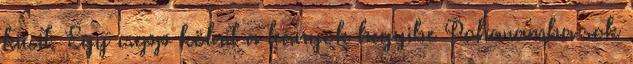
kicsit. Egy csepp kölnit a leányok hegyibe Poharamba sok